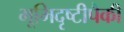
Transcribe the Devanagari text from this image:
भूमिदृष्टीपैकी